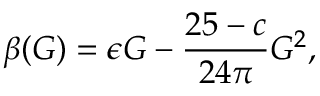
\beta ( G ) = \epsilon G - \frac { 2 5 - c } { 2 4 \pi } G ^ { 2 } ,